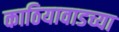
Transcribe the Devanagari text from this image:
काठियावाडच्या